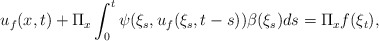
\begin{align*} u_f(x,t)+\Pi_x\int_0^t\psi(\xi_s, u_f(\xi_s,t-s))\beta(\xi_s)ds=\Pi_x f(\xi_t),\end{align*}